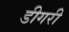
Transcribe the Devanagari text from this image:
डीगरी